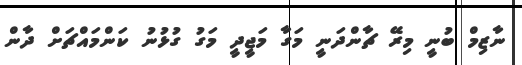
ނާޒިމް ބުނީ މިރޭ ޗާންދަނީ މަގާ މަޖީދީ މަގު ގުޅުނު ކަންމައްޗަށް ދާން